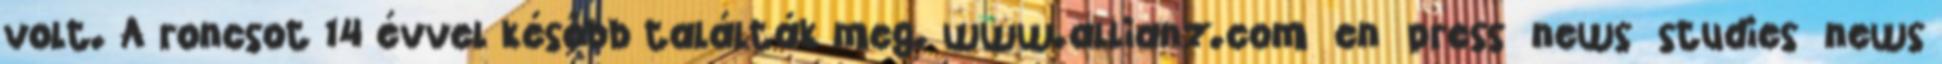
volt. A roncsot 14 évvel később találták meg. www.allianz.com en press news studies news